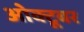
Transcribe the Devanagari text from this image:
ओक्टूबर